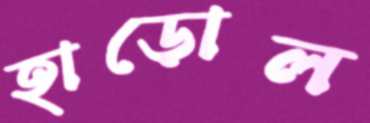
হাড়োল